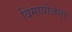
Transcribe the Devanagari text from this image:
विमायोजना